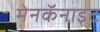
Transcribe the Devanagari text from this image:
मेनकॅनाइट